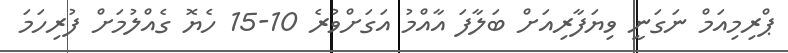
ޕްރިމިއަމް ނަގަނީ ވިޔަފާރިއަށް ބަލާފަ އާއްމު އަގަށްވުރެ 10-15 ހެޔޮ ގެއްލުމަށް ފުރިހަމަ